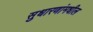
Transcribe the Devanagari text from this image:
सुधारणांमधील